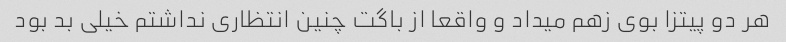
هر دو پیتزا بوی زهم میداد و واقعا از باگت چنین انتظاری نداشتم خیلی بد بود